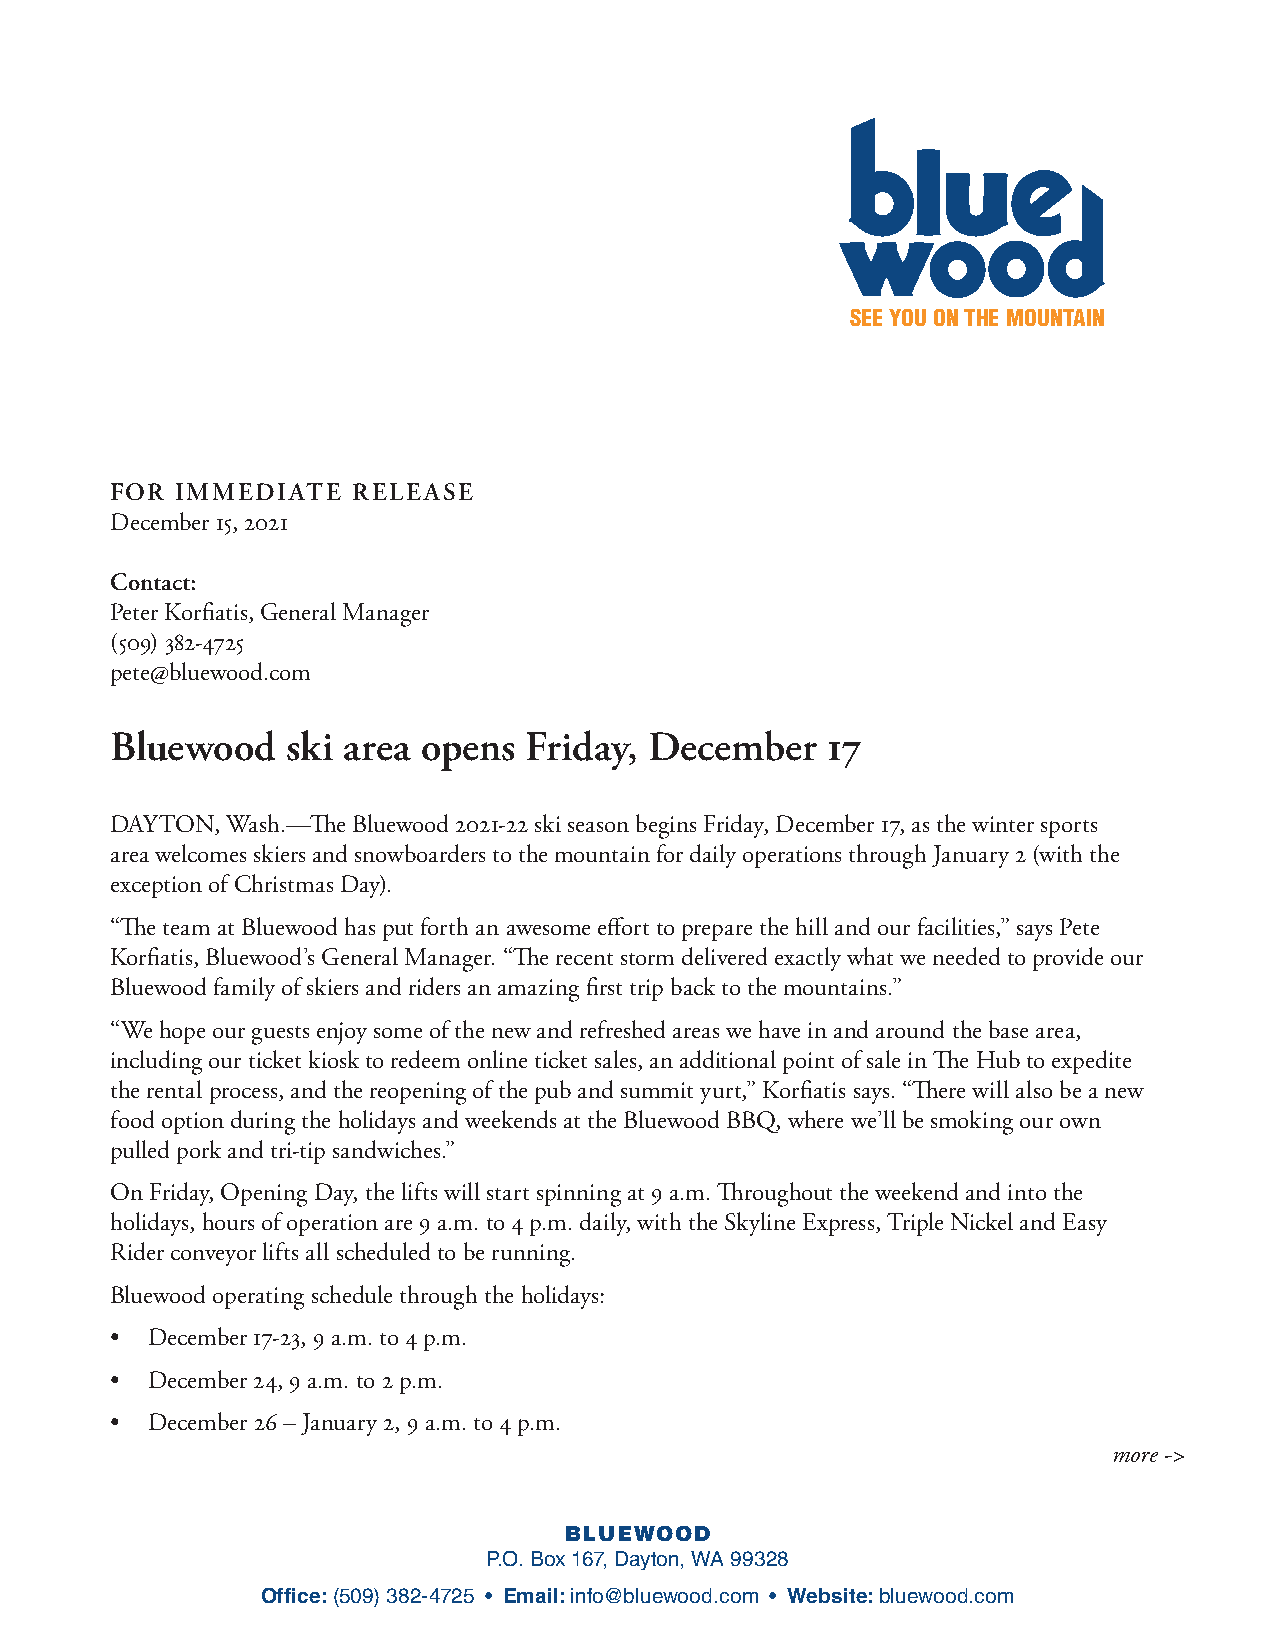
SEE YOU ON THE MOUNTAIN
 FOR  IMMEDIATE  RELEASE
 December 15, 2021
 Contact:
 Peter Korfiatis, General Manager
 (509) 382-4725
 pete@bluewood.com
 Bluewood    ski area opens  Friday, December    17
 DAYTON, Wash.—The Bluewood 2021-22 ski season begins Friday, December 17, as the winter sports
 area welcomes skiers and snowboarders to the mountain for daily operations through January 2 (with the
 exception of Christmas Day).
 “The team at Bluewood has put forth an awesome effort to prepare the hill and our facilities,” says Pete
 Korfiatis, Bluewood’s General Manager. “The recent storm delivered exactly what we needed to provide our
 Bluewood family of skiers and riders an amazing first trip back to the mountains.”
 “We hope our guests enjoy some of the new and refreshed areas we have in and around the base area,
 including our ticket kiosk to redeem online ticket sales, an additional point of sale in The Hub to expedite
 the rental process, and the reopening of the pub and summit yurt,” Korfiatis says. “There will also be a new
 food option during the holidays and weekends at the Bluewood BBQ, where we’ll be smoking our own
 pulled pork and tri-tip sandwiches.”
 On Friday, Opening Day, the lifts will start spinning at 9 a.m. Throughout the weekend and into the
 holidays, hours of operation are 9 a.m. to 4 p.m. daily, with the Skyline Express, Triple Nickel and Easy
 Rider conveyor lifts all scheduled to be running.
 Bluewood operating schedule through the holidays:
 •  December 17-23, 9 a.m. to 4 p.m.
 •  December 24, 9 a.m. to 2 p.m.
 •  December 26 – January 2, 9 a.m. to 4 p.m.
 more ->
 BLUEWOOD
 P.O. Box 167, Dayton, WA 99328
 Office: (509) 382-4725 • Email: info@bluewood.com • Website: bluewood.com